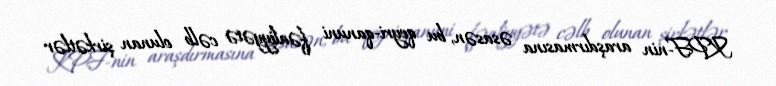
KPF-nin araşdırmasına əsasən, bu qeyri-qanuni fəaliyyətə cəlb olunan şirkətlər